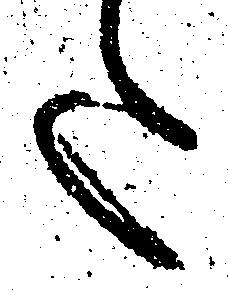
た